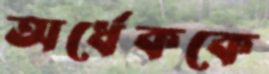
অর্ধেককে